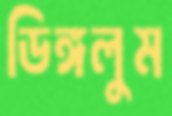
ডিঙ্গলুম